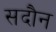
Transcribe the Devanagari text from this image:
सदौन